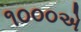
૧૦૦૦એ